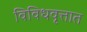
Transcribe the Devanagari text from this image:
विविधवृत्तात